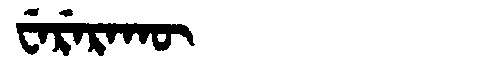
Manchu: ᠸᡝᡵᡝᡵᠠᡴᡡ
Romanization: WERERAKŪ